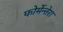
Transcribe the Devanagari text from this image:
फोर्मेन्तेरा